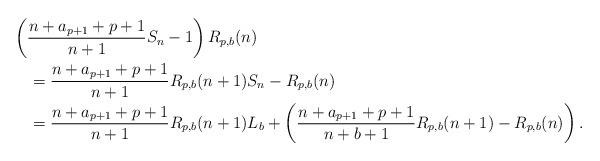
LaTeX: \begin{align*}& \left(\frac{n+a_{p+1}+p+1}{n+1}S_n-1\right)R_{p,b}(n)\\&\quad=\frac{n+a_{p+1}+p+1}{n+1}R_{p,b}(n+1)S_n-R_{p,b}(n)\\&\quad=\frac{n+a_{p+1}+p+1}{n+1}R_{p,b}(n+1)L_b+\left(\frac{n+a_{p+1}+p+1}{n+b+1}R_{p,b}(n+1)-R_{p,b}(n)\right).\end{align*}